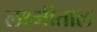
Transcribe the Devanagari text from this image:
लक्ष्मीताल